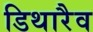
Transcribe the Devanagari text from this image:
डिथारैव